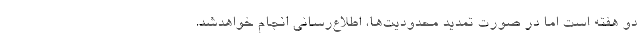
دو هفته است اما در صورت تمدید محدودیت‌ها، اطلاع‌رسانی انجام خواهدشد.